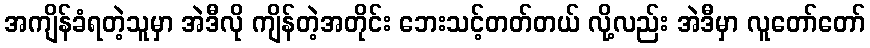
အကျိန်ခံရတဲ့သူမှာ အဲဒီလို ကျိန်တဲ့အတိုင်း ဘေးသင့်တတ်တယ် လို့လည်း အဲဒီမှာ လူတော်တော်